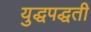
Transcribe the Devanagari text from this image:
युद्धपद्धती